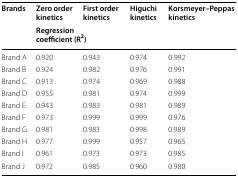
| <ROWSPAN=2> Brands | Zero order kinetics | First order kinetics | Higuchi kinetics | Korsmeyer–Peppas kinetics |
 | <COLSPAN=4> Regression coefficient (R2) |
 | --- | --- | --- | --- | --- |
 | Brand A | 0.920 | 0.943 | 0.974 | 0.992 |
 | Brand B | 0.924 | 0.982 | 0.976 | 0.991 |
 | Brand C | 0.913 | 0.974 | 0.969 | 0.988 |
 | Brand D | 0.955 | 0.981 | 0.974 | 0.999 |
 | Brand E | 0.943 | 0.983 | 0.981 | 0.989 |
 | Brand F | 0.973 | 0.999 | 0.999 | 0.976 |
 | Brand G | 0.981 | 0.983 | 0.998 | 0.989 |
 | Brand H | 0.977 | 0.999 | 0.957 | 0.965 |
 | Brand I | 0.961 | 0.973 | 0.973 | 0.985 |
 | Brand J | 0.972 | 0.985 | 0.960 | 0.980 |